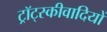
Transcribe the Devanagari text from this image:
ट्रॉट्स्कीवादियों